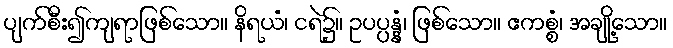
ပျက်စီး၍ကျရာဖြစ်သော။ နိရယံ၊ ငရဲ၌။ ဥပပ္ပန္နံ၊ ဖြစ်သော။ ဧကစ္စံ၊ အချို့သော။